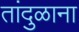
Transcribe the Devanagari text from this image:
तांदुळाना